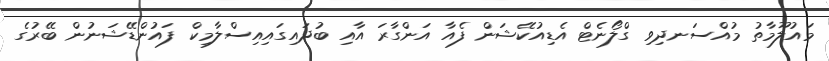
މައުލޫމާތު މުއްސަނދިވި ގްލޯނެޓް އެޑިއުކޭޝަން ފެއާ އަންގާރަ އާއި ބުދައިގައިއިސްލާމިކް ފައުންޑޭޝަނުން ބޭރުގެ